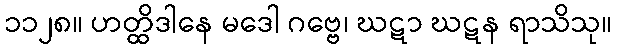
၁၁၂၈။ ဟတ္ထိဒါနေ မဒေါ ဂဗ္ဗေ၊ ဃဋာ ဃဋန ရာသိသု။